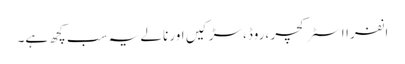
انفرااسٹرکچر ،روڈ،سڑکیں اور نالے یہ سب کچھ ہے۔